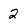
Character: 2